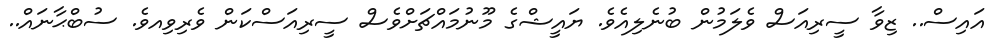
އައިސް.. ޒިވާ ސީރިއަސް ވެލަމުން ބުނެލިއެވެ. ޔައީޝްގެ މޫނުމައްޗަށްވެސް ސީރިއަސްކަން ވެރިވިއވެ. ސުބްޙާނައް..